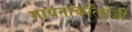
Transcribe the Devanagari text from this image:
गायनाकॉलॉजी